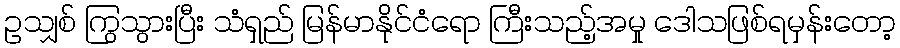
ဥသျှစ် ကြွသွားပြီး သံရှည် မြန်မာနိုင်ငံရော ကြီးသည့်အမှု ဒေါသဖြစ်ရမှန်းတော့